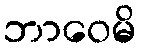
ဘာဝေမိ